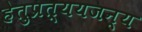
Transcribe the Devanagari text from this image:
हेतुप्रत्ययजन्य